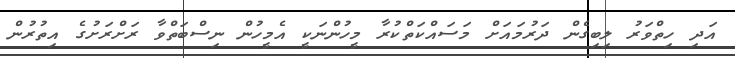
އަދި ހިތްވަރު ލިބިގެން ދަރުމައަށް މަސައްކަތްކުރާ މީހުންނަކީ އެމީހުން ނިސްބަތްވާ ރަށްރަށުގެ އިތުރުން